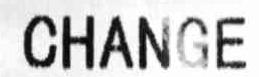
CHANGE